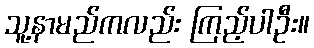
သူ့နာမည်ကလည်း ကြည့်ပါဦး။